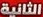
الثانیة